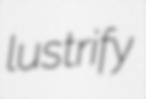
lustrify